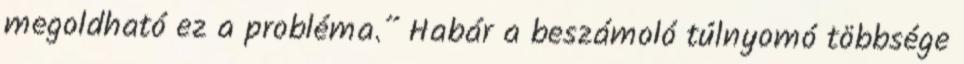
megoldható ez a probléma.” Habár a beszámoló túlnyomó többsége